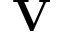
\mathbf { V }